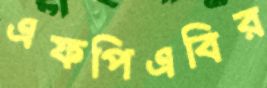
এফপিএবির